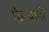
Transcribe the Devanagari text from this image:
फेऱ्यांनी